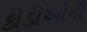
કીડીઓની